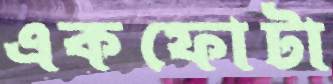
একফোটা